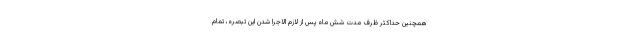
همچنین حداکثر ظرف مدت شش ماه پس از لازم الاجرا شدن این تبصره، تمام